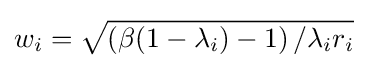
w_{i}={\sqrt {\left(\beta (1-\lambda _{i})-1\right)/\lambda _{i}r_{i}}}